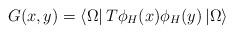
LaTeX: \begin{align*}G(x,y)=\left< \Omega \right| T\phi _{H}(x)\phi _{H}(y)\left| \Omega \right>\end{align*}